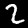
Digit: 2